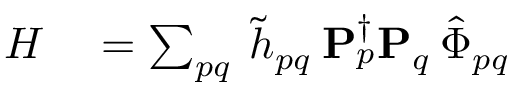
\begin{array} { r l } { H } & { { } = \sum _ { p q } \: \tilde { h } _ { p q } \: \mathbf { P } _ { p } ^ { \dagger } \mathbf { P } _ { q } \: \hat { \Phi } _ { p q } } \end{array}